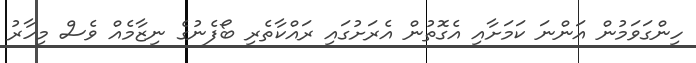
ހިންގަވަމުން އަންނަ ކަމަށާއި އެގޮތުން އެރަށުގައި ރައްކާތެރި ބޯފެނުގެ ނިޒާމެއް ވެސް މިހާރު